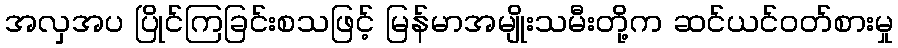
အလှအပ ပြိုင်ကြခြင်းစသဖြင့် မြန်မာအမျိုးသမီးတို့က ဆင်ယင်ဝတ်စားမှု